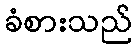
ခံစားသည်